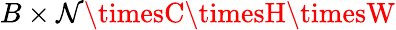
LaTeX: B\times\mathcal{N}\timesC\timesH\timesW